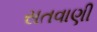
સતવાણી